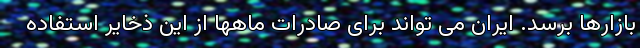
بازارها برسد. ایران می تواند برای صادرات ماهها از این ذخایر استفاده